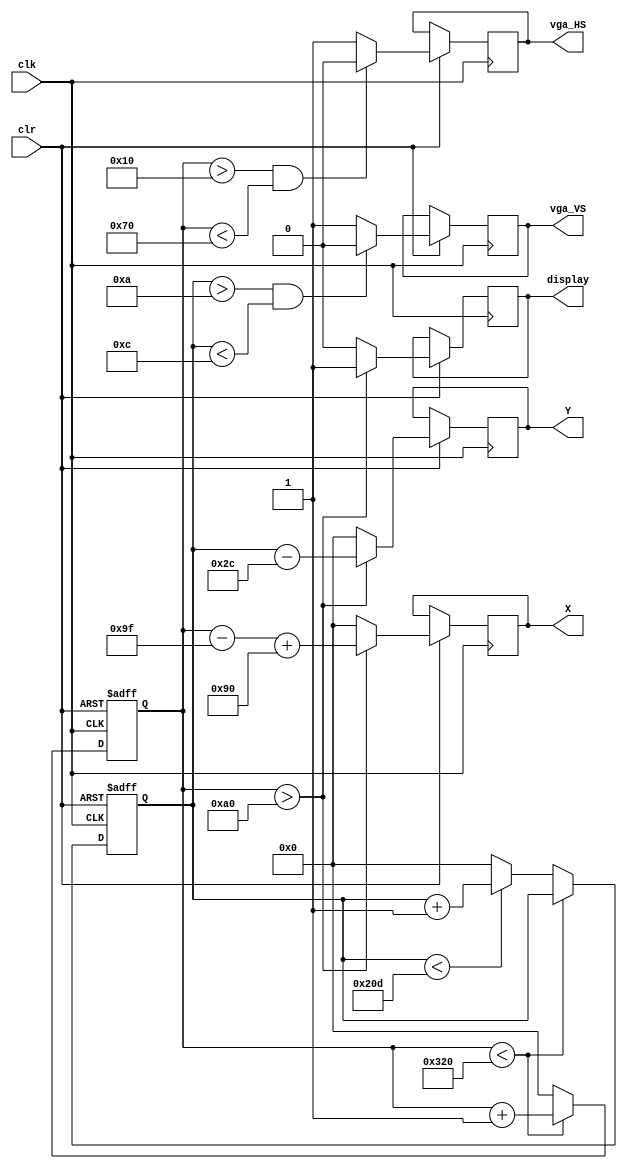
//VGA
module VGA_Controller(
	input clk,
	input clr,
	output reg vga_HS,
	output reg vga_VS,
	output reg [9:0] X,
	output reg [9:0] Y,
	output reg display
);

 
	parameter H_color_scan=640;
	parameter H_front_porch=16;
	parameter H_synch_pulse=96;
	parameter H_back_porch=48;
	parameter H_scan_width=800;
	
 
	parameter V_color_scan=480;
	parameter V_front_porch=10;
	parameter V_synch_pulse=2;
	parameter V_back_porch=33;
	parameter V_scan_width=525;
	

	reg [9:0] V_pos,H_pos;
	

	always @(posedge clk, negedge clr) begin
	 if (!clr) begin
		H_pos <= 0;
		V_pos <= 0;
		end
	 else begin
		if(H_pos < H_scan_width) begin
			H_pos <= H_pos + 1;
		end else begin 
			H_pos <= 0;
			
			if(V_pos < V_scan_width) begin
				V_pos <= V_pos + 1;
			end else begin
				V_pos <= 0;
			end
			
		end
		

		if(H_pos > H_front_porch && H_pos < (H_front_porch+H_synch_pulse)) begin
			vga_HS <= 1'b0;
		end else begin
			vga_HS <= 1'b1;
		end
		

		if(V_pos > V_front_porch && V_pos < (V_front_porch+V_synch_pulse)) begin
			vga_VS <= 1'b0;
		end else begin
			vga_VS <= 1'b1;
		end
		

		if((H_pos > (H_front_porch + H_synch_pulse + H_back_porch))) begin
				display <= 1'b1;
				X <= H_pos - (H_front_porch + H_synch_pulse + H_back_porch -1) + 144;
				Y <= V_pos - (V_front_porch + V_synch_pulse + V_back_porch -1);
			
		end else begin
				display <= 1'b0;
				X <= 0;
				Y <= 0;
		end
		end
		
	end
	
endmodule